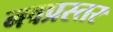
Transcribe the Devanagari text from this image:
नवप्रस्तर